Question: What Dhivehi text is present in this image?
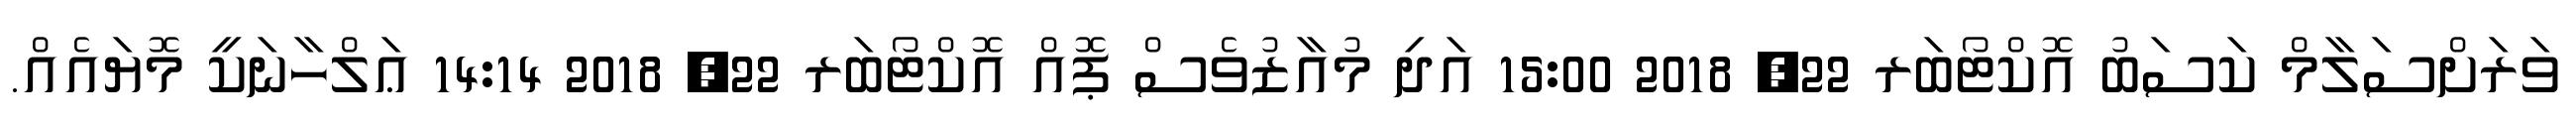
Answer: ވަރަށްސަލާމް ކަސަބު އޮކްޓޯބަރ 22, 2018 15:00 އަދި މުއާޒުވެސް ޕޮއް އޮކްޓޯބަރ 22, 2018 14:14 ޢަލްހާނަކީ މޮޔައެއް.